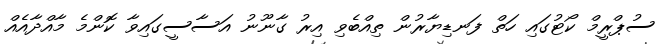
ސުޕްރީމް ކޯޓުގައި ހަތް ފަނޑިޔާރުން ތިއްބެވި އިރު ގާނޫނު އަސާސީގައިވާ ކޮންމެ މާއްދާއެއް